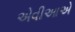
એવીઆએ